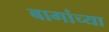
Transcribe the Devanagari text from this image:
बागांच्या